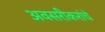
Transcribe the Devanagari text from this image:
अवसरीकरांचे